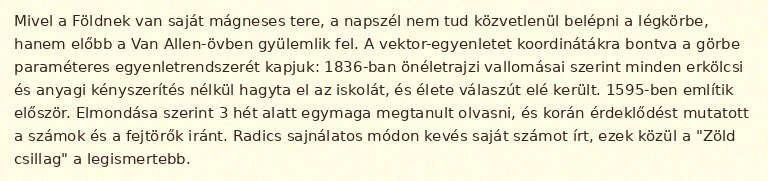
Mivel a Földnek van saját mágneses tere, a napszél nem tud közvetlenül belépni a légkörbe, hanem előbb a Van Allen-övben gyülemlik fel. A vektor-egyenletet koordinátákra bontva a görbe paraméteres egyenletrendszerét kapjuk: 1836-ban önéletrajzi vallomásai szerint minden erkölcsi és anyagi kényszerítés nélkül hagyta el az iskolát, és élete válaszút elé került. 1595-ben említik először. Elmondása szerint 3 hét alatt egymaga megtanult olvasni, és korán érdeklődést mutatott a számok és a fejtörők iránt. Radics sajnálatos módon kevés saját számot írt, ezek közül a "Zöld csillag" a legismertebb.